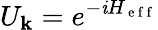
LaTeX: U_{\mathbf{k}}=e^{-\mathit{i}H_{\mathrm{{~e~f~f~}}}}